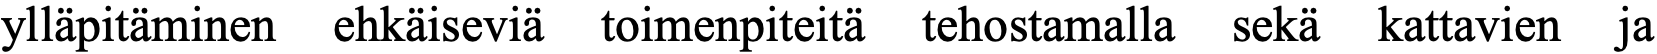
ylläpitäminen ehkäiseviä toimenpiteitä tehostamalla sekä kattavien ja